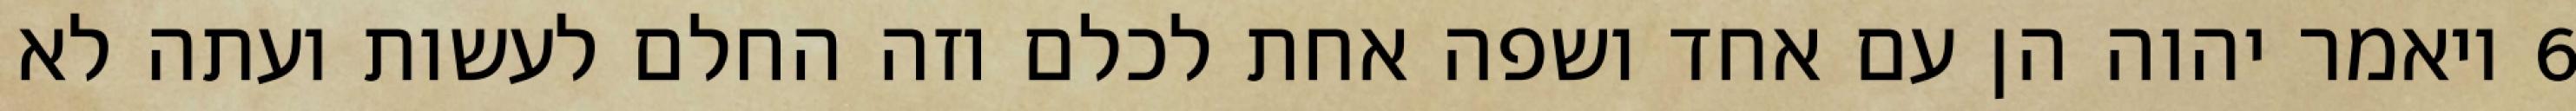
‎6‏ ויאמר יהוה הן עם אחד ושפה אחת לכלם וזה החלם לעשות ועתה לא